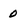
Character: 0